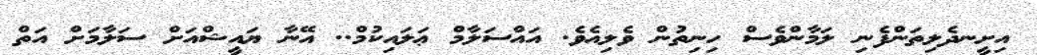
އިށީނދެލިތަންފެނި ލަމާންވެސް ހިނިތުން ވެލިއެވެ. އައްސަލާމް ޢަލައިކުމް.. އޭނާ ޔައީޝްއަށް ސަލާމަށް އަތް